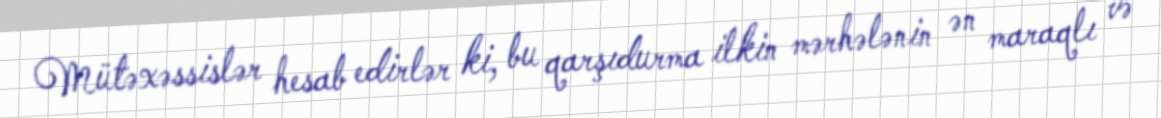
Mütəxəssislər hesab edirlər ki, bu qarşıdurma ilkin mərhələnin ən maraqlı və